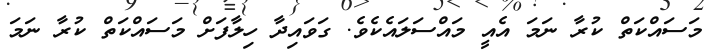
މަސައްކަތް ކުރާ ނަމަ އެއީ މައްސަލައެކެވެ. ގަވައިދާ ހިލާފަށް މަސައްކަތް ކުރާ ނަމަ